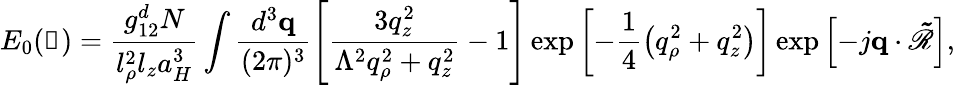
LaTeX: E_{0}(\boldsymbol{\mathscr{R}})=\frac{{g_{12}^{d}N}}{{l_{\rho}^{2}l_{z}a_{H}^{3}}}\int\frac{{d^{3}\mathbf{{q}}}}{{(2\pi)^{3}}}\left[\frac{{3q_{z}^{2}}}{{\Lambda^{2}q_{\rho}^{2}+q_{z}^{2}}}-1\right]\exp\left[-\frac{{1}}{{4}}\left(q_{\rho}^{2}+q_{z}^{2}\right)\right]\exp\left[-j\mathbf{{q}}\cdot\mathbf{{\tilde{{\mathscr{R}}}}}\right],